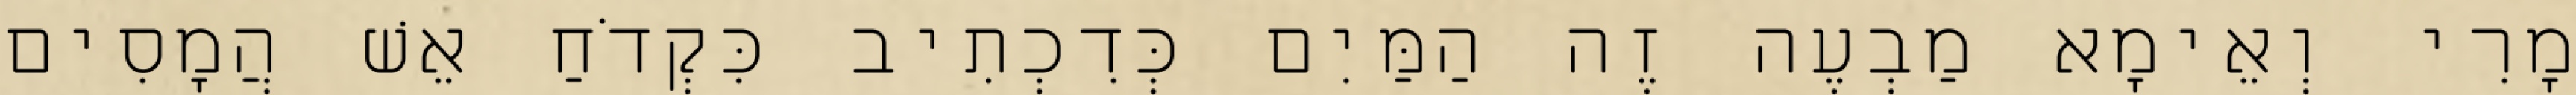
מָרִי וְאֵימָא מַבְעֶה זֶה הַמַּיִם כְּדִכְתִיב כִּקְדֹחַ אֵשׁ הֲמָסִים